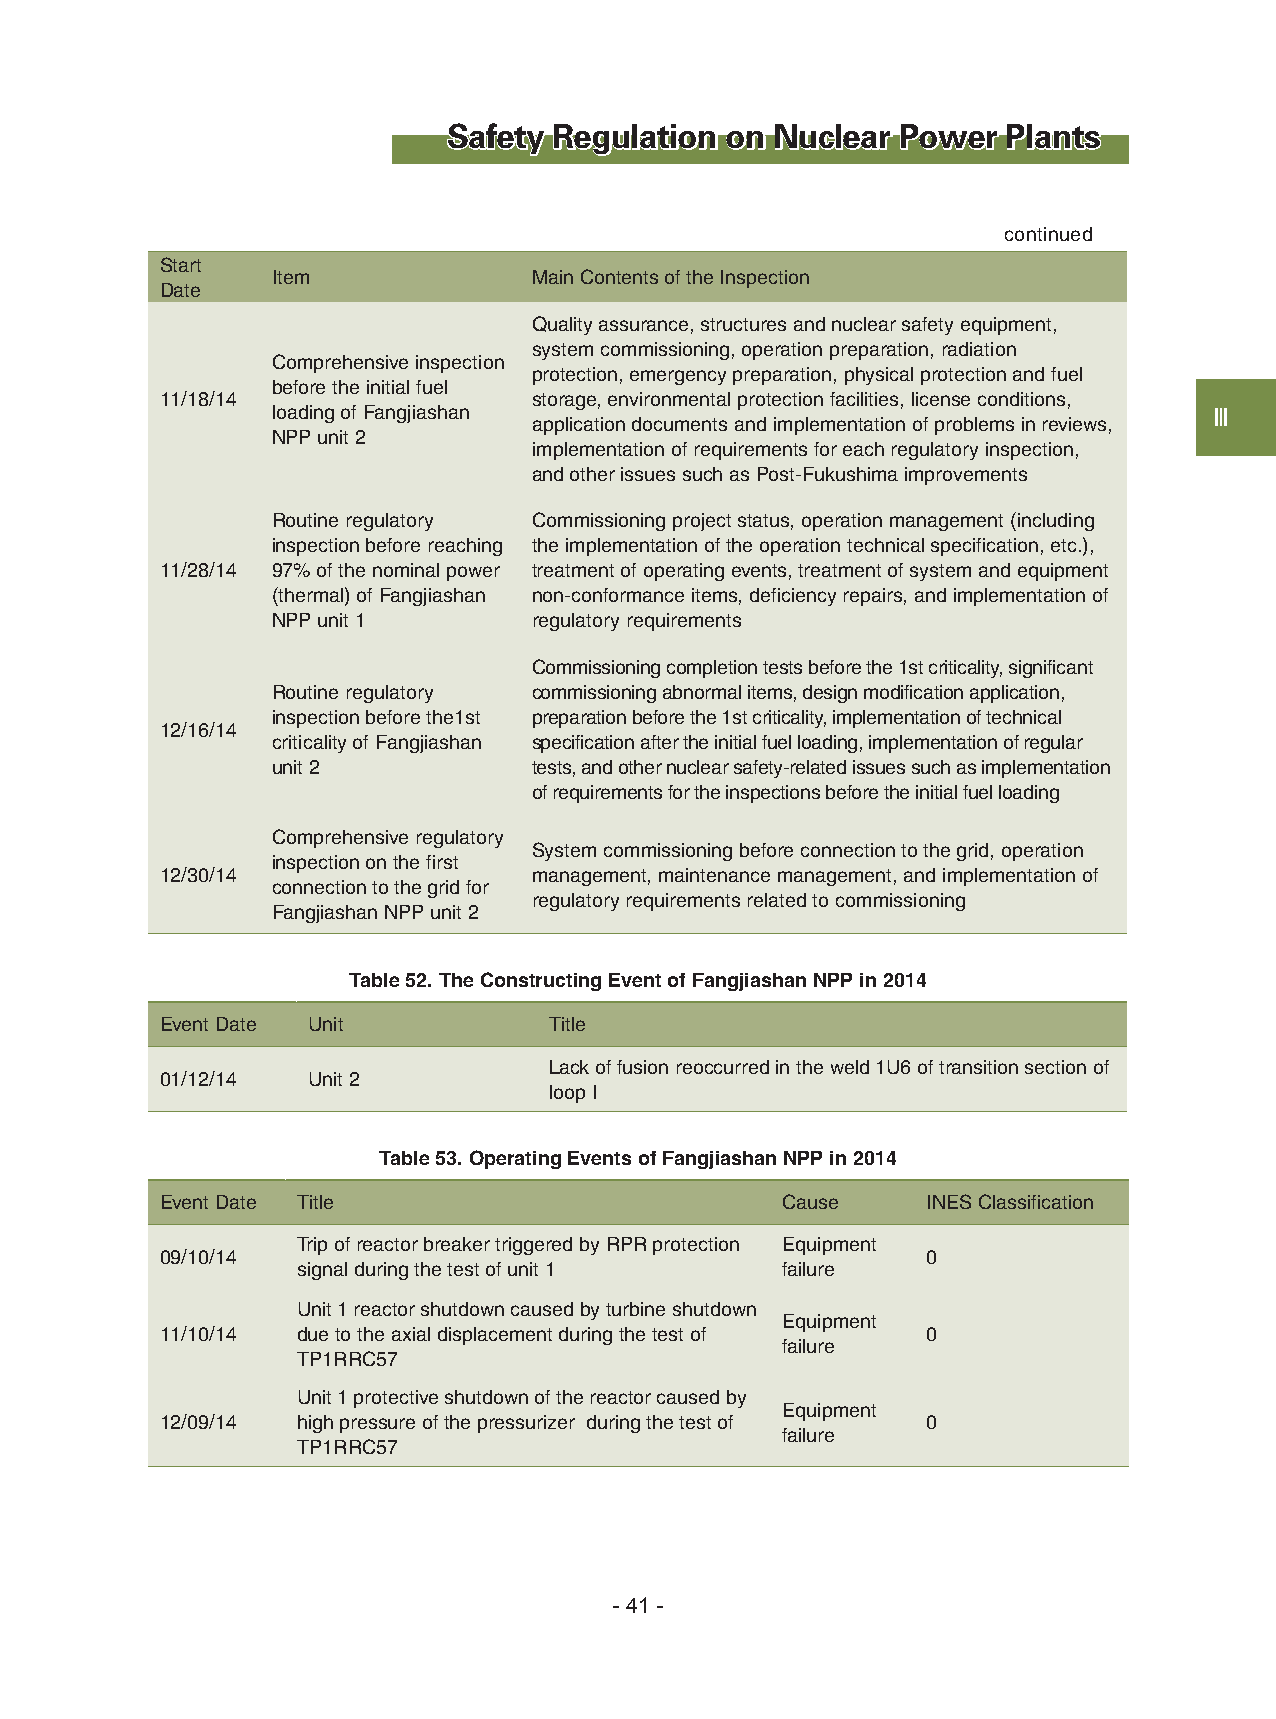
Safety Regulation on Nuclear  Power  Plants
 continued
 Start
 Item             Main Contents of the Inspection
 Date
 Quality assurance, structures and nuclear safety equipment,
 system commissioning, operation preparation, radiation
 Comprehensive inspection
 protection, emergency preparation, physical protection and fuel
 before the initial fuel
 11/18/14                storage, environmental protection facilities, license conditions,
 loading of Fangjiashan                                        Ⅲ
 application documents and implementation of problems in reviews,
 NPP unit 2
 implementation of requirements for each regulatory inspection,
 and other issues such as Post-Fukushima improvements
 Routine regulatory Commissioning project status, operation management (including
 inspection before reaching the implementation of the operation technical specification, etc.),
 11/28/14 97% of the nominal power treatment of operating events, treatment of system and equipment
 (thermal) of Fangjiashan non-conformance items, deficiency repairs, and implementation of
 NPP unit 1       regulatory requirements
 Commissioning completion tests before the 1st criticality, significant
 Routine regulatory commissioning abnormal items, design modification application,
 inspection before the1st preparation before the 1st criticality, implementation of technical
 12/16/14
 criticality of Fangjiashan specification after the initial fuel loading, implementation of regular
 unit 2           tests, and other nuclear safety-related issues such as implementation
 of requirements for the inspections before the initial fuel loading
 Comprehensive regulatory
 System commissioning before connection to the grid, operation
 inspection on the first
 12/30/14                management, maintenance management, and implementation of
 connection to the grid for
 regulatory requirements related to commissioning
 Fangjiashan NPP unit 2
 Table 52. The Constructing Event of Fangjiashan NPP in 2014
 Event Date Unit          Title
 Lack of fusion reoccurred in the weld 1U6 of transition section of
 01/12/14 Unit 2
 loop I
 Table 53. Operating Events of Fangjiashan NPP in 2014
 Event Date Title                         Cause    INES Classification
 Trip of reactor breaker triggered by RPR protection Equipment
 09/10/14                                          0
 signal during the test of unit 1 failure
 Unit 1 reactor shutdown caused by turbine shutdown
 Equipment
 11/10/14 due to the axial displacement during the test of 0
 failure
 TP1RRC57
 Unit 1 protective shutdown of the reactor caused by
 Equipment
 12/09/14 high pressure of the pressurizer during the test of 0
 failure
 TP1RRC57
 - 41 -